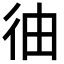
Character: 㣙